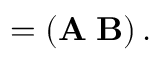
\begin{array} { r l } { { \bf \Xi } } & { { } = \left( { \bf A } \; { \bf B } \right) . } \end{array}